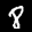
Label: 8